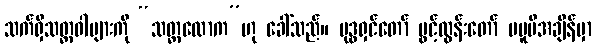
သက်ရှိသတ္တဝါများကို “သတ္တလောက”ဟု ခေါ်သည်။ ဗုဒ္ဓရှင်တော် ပွင့်ထွန်းတော် မမူမီအချိန်မှာ